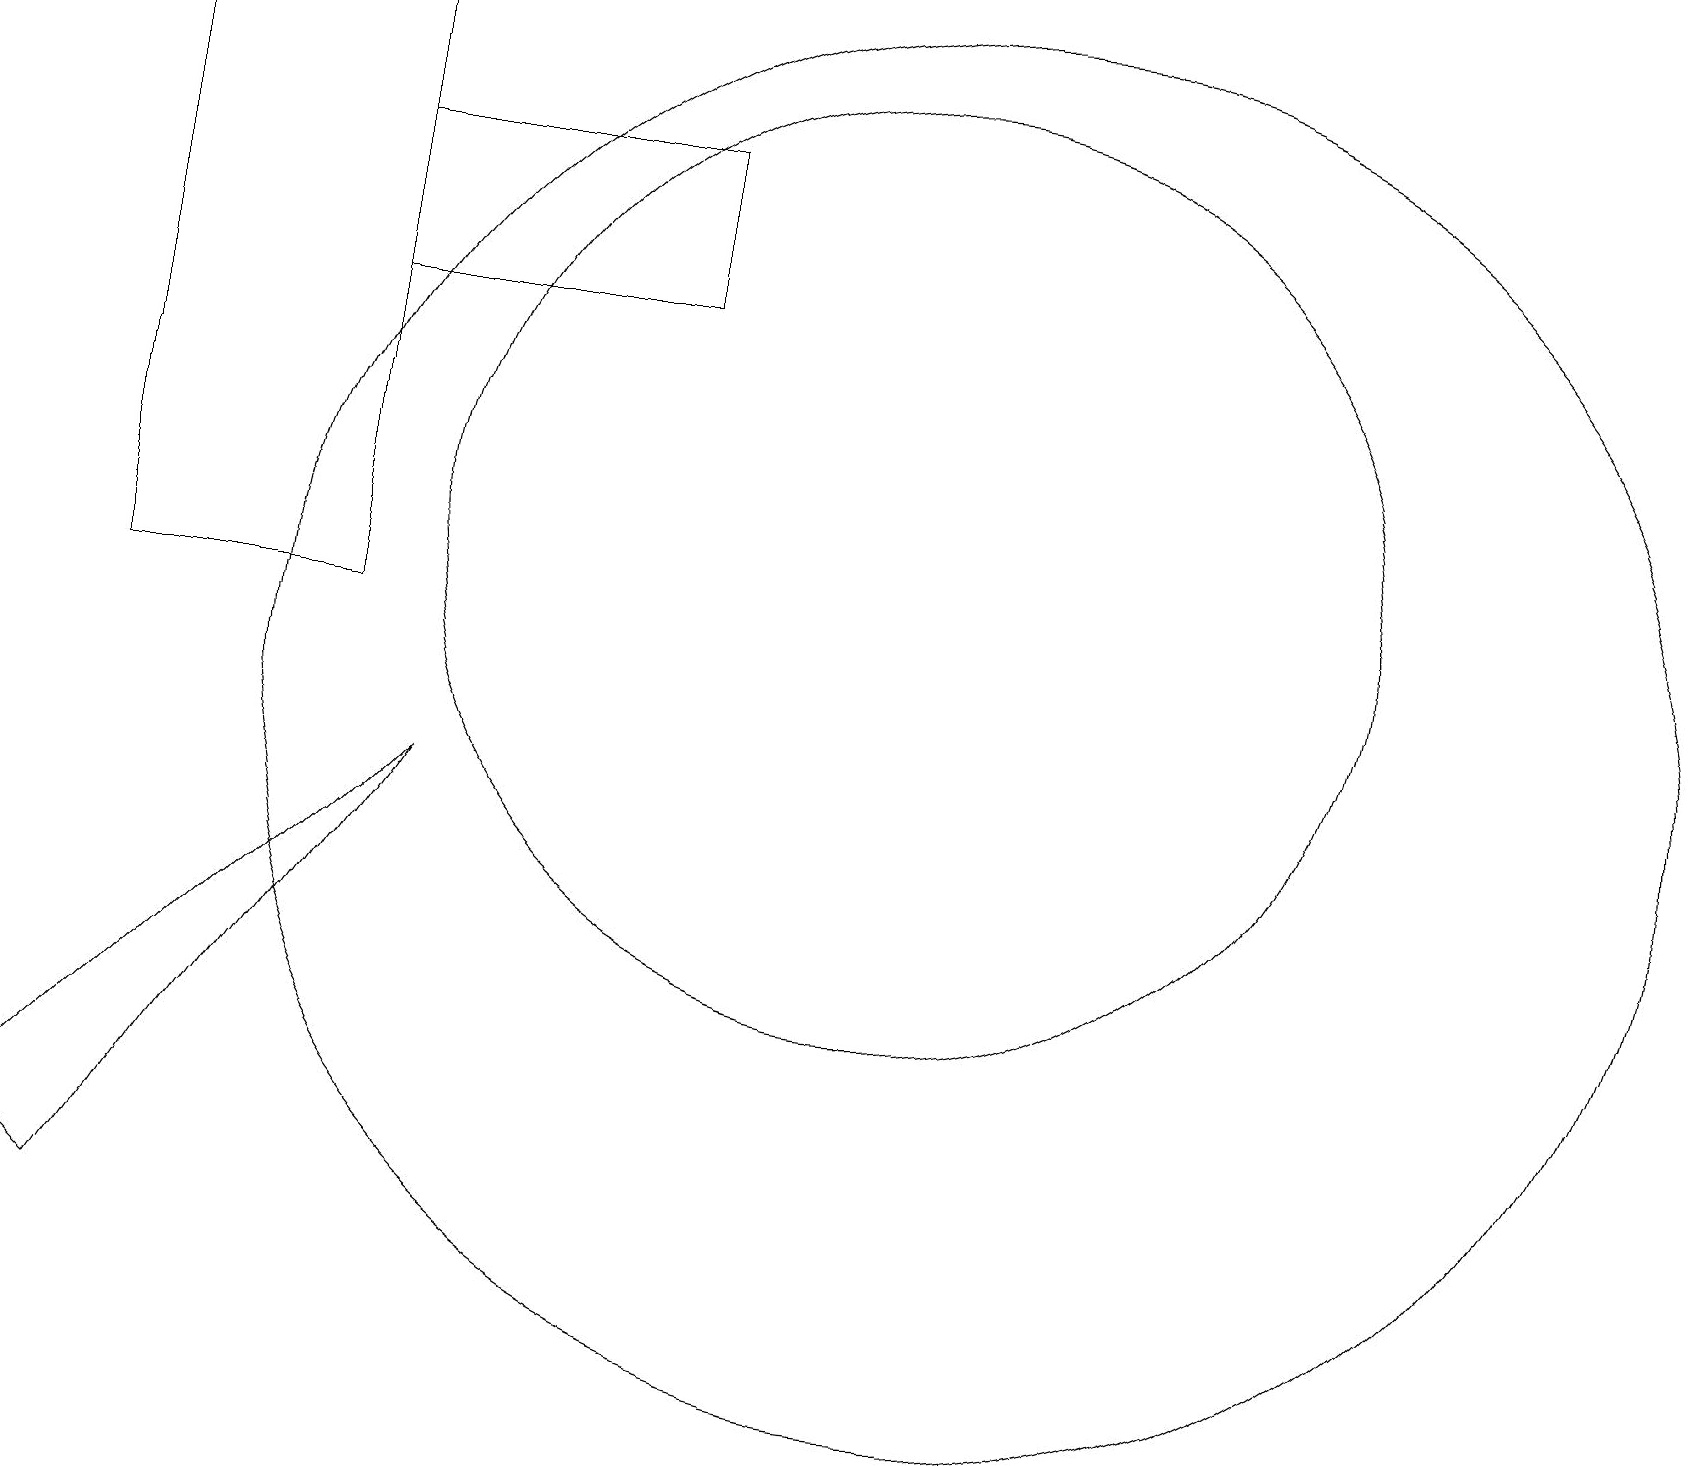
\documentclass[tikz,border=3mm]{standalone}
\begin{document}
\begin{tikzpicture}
\draw (4,15) rectangle (8,17);
\draw (1,11) rectangle (4,19);
\draw (12,10) circle (9);
\draw (1,3) -- (5,9) -- (0,4) -- cycle;
\draw (11,12) circle (6);
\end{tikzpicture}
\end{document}